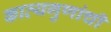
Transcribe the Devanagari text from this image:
काव्यगुणांची